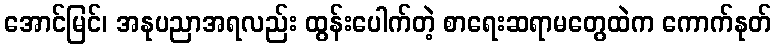
အောင်မြင်၊ အနုပညာအရလည်း ထွန်းပေါက်တဲ့ စာရေးဆရာမတွေထဲက ကောက်နုတ်